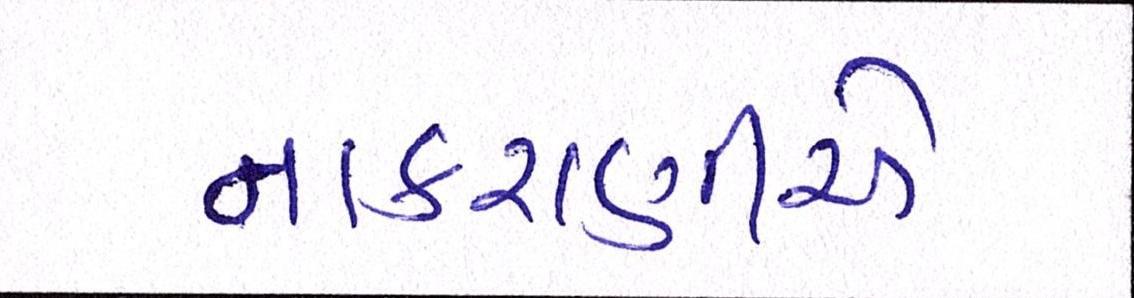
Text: નાકરાણીએ